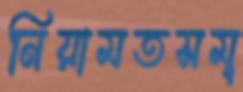
নিয়ামতসমূ